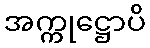
အက္ကုဋ္ဌောပိ